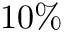
1 0 \%